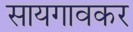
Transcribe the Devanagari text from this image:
सायगावकर